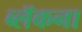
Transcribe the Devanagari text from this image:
ब्लॅकना